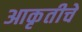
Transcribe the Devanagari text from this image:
आकृतीचे